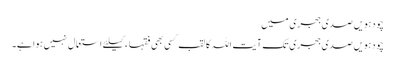
چودہویں صدی ہجری میں
چودہویں صدی ہجری تک آیت اللہ کا لقب کسی بھی فقہاء کیلئے استعمال نہیں ہوا ہے۔